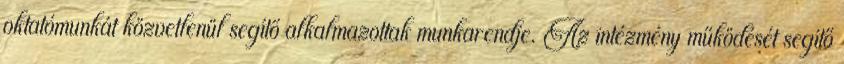
oktatómunkát közvetlenül segítő alkalmazottak munkarendje. Az intézmény működését segítő